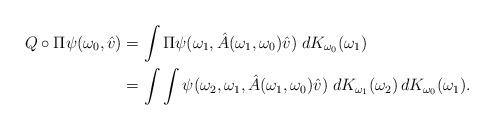
LaTeX: \begin{align*}Q\circ \Pi \psi(\omega_0,\hat{v}) &= \int \Pi\psi(\omega_1, \hat{A}(\omega_1,\omega_0)\hat{v}) \; dK_{\omega_0}(\omega_1)\\&=\int \int \psi(\omega_2,\omega_1, \hat{A}(\omega_1,\omega_0)\hat{v}) \; dK_{\omega_1}(\omega_2) \, dK_{\omega_0}(\omega_1).\end{align*}